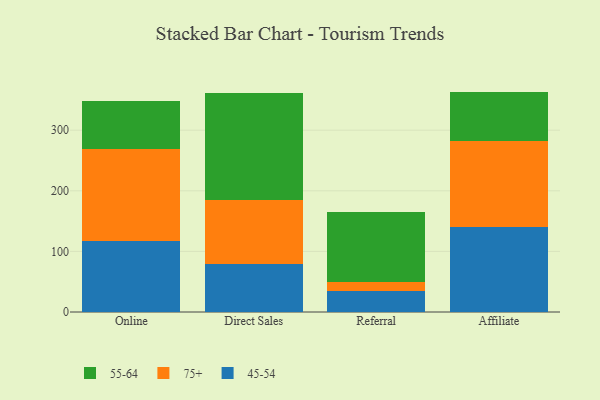
{"axis": {"x": "Channel", "y": "Operating Costs (USD K)"}, "legend": ["45-54", "55-64", "75+"], "data": [{"x": "Online", "y": 116.4, "type": "45-54"}, {"x": "Online", "y": 152.4, "type": "75+"}, {"x": "Online", "y": 78.9, "type": "55-64"}, {"x": "Direct Sales", "y": 79.5, "type": "45-54"}, {"x": "Direct Sales", "y": 106.1, "type": "75+"}, {"x": "Direct Sales", "y": 175.7, "type": "55-64"}, {"x": "Referral", "y": 34.9, "type": "45-54"}, {"x": "Referral", "y": 14.6, "type": "75+"}, {"x": "Referral", "y": 116.0, "type": "55-64"}, {"x": "Affiliate", "y": 140.3, "type": "45-54"}, {"x": "Affiliate", "y": 142.3, "type": "75+"}, {"x": "Affiliate", "y": 81.1, "type": "55-64"}]}